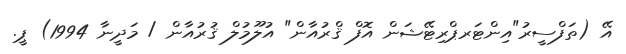
އޭ (ތަފްސީރު"އިންޓަރޕްރިޓޭޝަން އޮފް ޤްރުއާން" އުލޫމުލް ޤުރުއާން / މަދީނާ 1994) ޕީ.